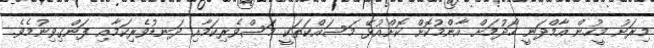
މިރަށު މީހުން އާމްދަނީ ހޯދުމަށް އާންމުކޮށް ކޮށްއުޅޭ މަސައްކަތަކީ މަސްވެރިކަމާއި ދަނޑުވެރިކަމާއި ފަންގިވިނުމެވެ.